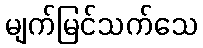
မျက်မြင်သက်သေ